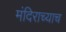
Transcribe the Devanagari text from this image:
मंदिराच्याच